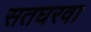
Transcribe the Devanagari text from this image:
सतघरवा